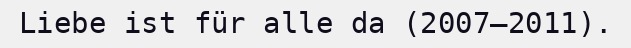
Liebe ist für alle da (2007–2011).